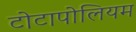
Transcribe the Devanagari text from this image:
टोटापोलियम